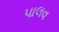
પાલવ